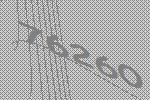
76260